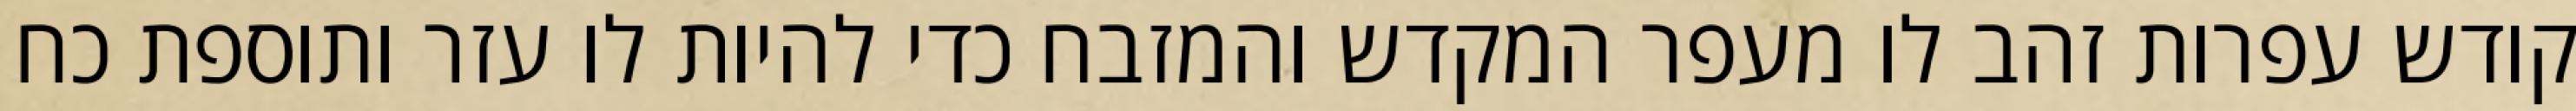
קודש עפרות זהב לו מעפר המקדש והמזבח כדי להיות לו עזר ותוספת כח